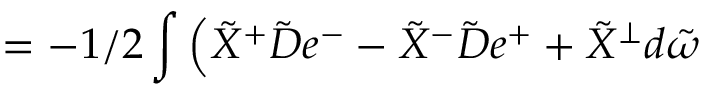
= - 1 / 2 \int \Big ( \tilde { X } ^ { + } \tilde { { \cal D } } e ^ { - } - \tilde { X } ^ { - } \tilde { { \cal D } } e ^ { + } + \tilde { X } ^ { \perp } d \tilde { \omega }